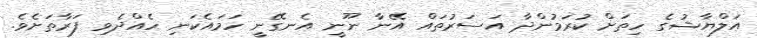
އަލްޔާޝުގެ ހިތަށް ކުރަމުންދާ އަސަރުތައް އޭނާ ނޫނީ އެނގޭނީ ހަމައެކަނި ހެއްދެވި ފަރާތަށެވެ.